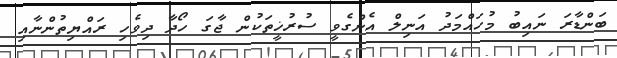
ބަންޑާރަ ނައިބު މުހައްމަދު އަނިލް އެންގެވީ ސުރުޚީތަކުން ޖާގަ ހޯދާ ދިވެހި ރައްޔިތުންނާއި